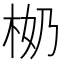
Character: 𣐨